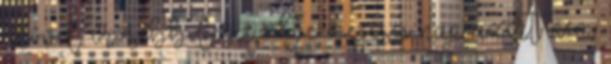
idővel erősebb lesz. De ő egész nap azért nem